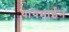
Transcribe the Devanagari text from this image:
थायमाईन